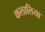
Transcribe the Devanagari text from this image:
कलालिया